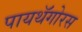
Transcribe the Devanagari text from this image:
पायथॅगोरस